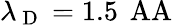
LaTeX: \lambda_{\mathrm{~D~}}=1.5\, \mathrm{\ AA}